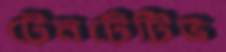
টেনটেটিভ